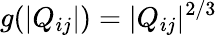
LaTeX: g(|Q_{ij}|)=|Q_{ij}|^{2/3}